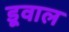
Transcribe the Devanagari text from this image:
डूवाल